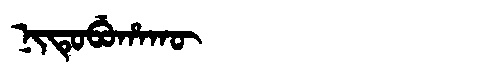
Manchu: ᠨᡳᡨᡠᠪᡠᡥᠠᡴᡡ
Romanization: NITUBUHAKŪ